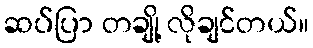
ဆပ်ပြာ တချို့ လိုချင်တယ်။